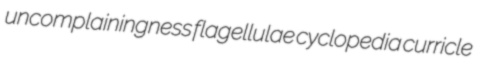
uncomplainingness flagellulae cyclopedia curricle